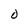
Character: 0